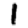
Digit: 1